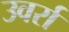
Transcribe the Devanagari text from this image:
उवर्रा